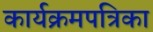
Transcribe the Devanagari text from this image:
कार्यक्रमपत्रिका